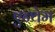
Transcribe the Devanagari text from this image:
एन्थेम